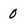
Character: 0